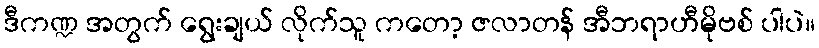
ဒီကဏ္ဍ အတွက် ရွေးချယ် လိုက်သူ ကတော့ ဇလာတန် အီဘရာဟီမိုဗစ် ပါပဲ။